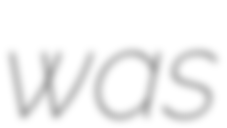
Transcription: was